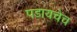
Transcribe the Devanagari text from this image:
पडायचेच